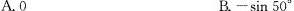
A.O B.-sin 50°